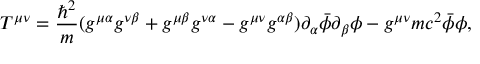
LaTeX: T ^ { \mu \nu } = { \frac { \hbar ^ { 2 } } { m } } ( g ^ { \mu \alpha } g ^ { \nu \beta } + g ^ { \mu \beta } g ^ { \nu \alpha } - g ^ { \mu \nu } g ^ { \alpha \beta } ) \partial _ { \alpha } { \bar { \phi } } \partial _ { \beta } \phi - g ^ { \mu \nu } m c ^ { 2 } { \bar { \phi } } \phi ,